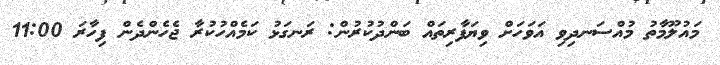
މައުލޫމާތު މުއްސަނދިވި އަވަހަށް ވިޔަފާރިތައް ބަންދުކުރުން: ރަނގަޅު ކަމެއްހުކުރާ ޖެހެންދެން ފިހާރަ 11:00